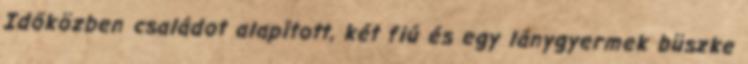
Időközben családot alapított, két fiú és egy lánygyermek büszke